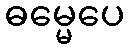
ဓမ္မေပေ